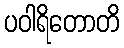
ပဝါရိတောတိ